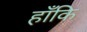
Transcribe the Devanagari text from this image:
हाँकि